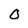
Character: 0